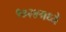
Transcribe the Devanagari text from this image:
१७२४मध्ये